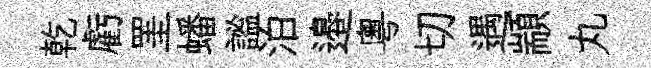
乾虧罣蟠謐泊邉粤切遇顓丸